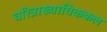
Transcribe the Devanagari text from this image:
चरित्राख्यायिककल